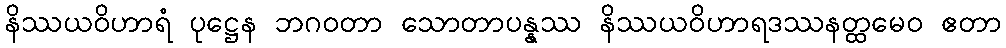
နိဿယဝိဟာရံ ပုဋ္ဌေန ဘဂဝတာ သောတာပန္နဿ နိဿယဝိဟာရဒဿနတ္ထမေဝ ဧတာ